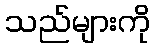
သည်များကို